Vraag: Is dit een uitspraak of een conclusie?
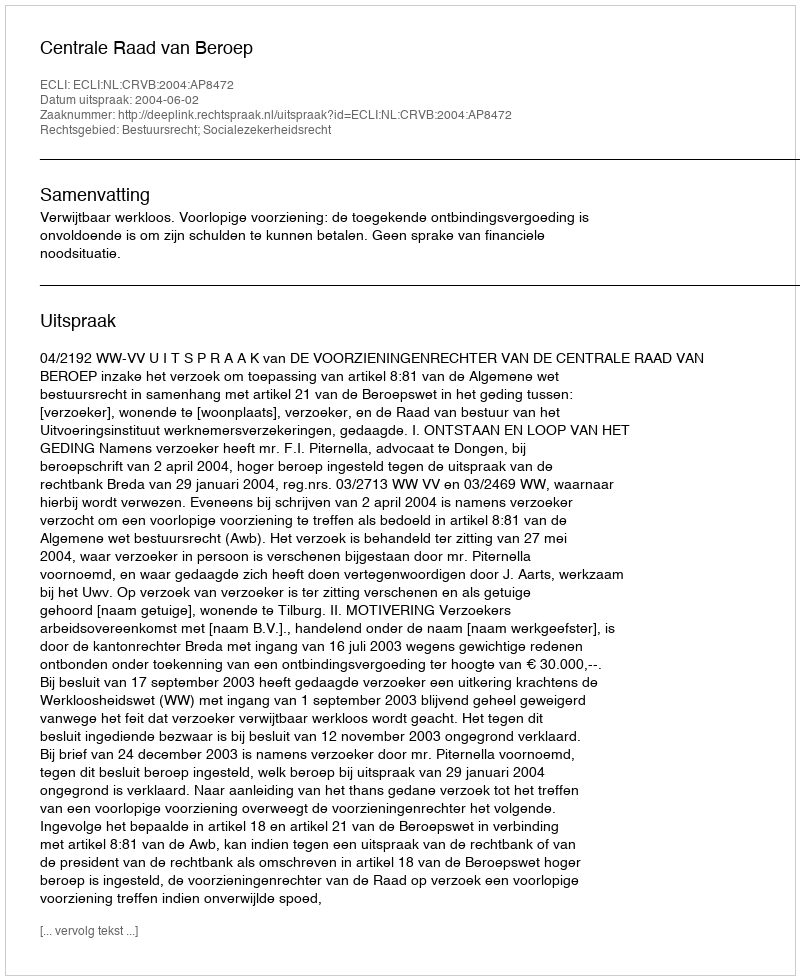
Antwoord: Uitspraak